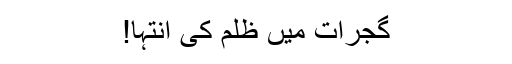
گجرات میں ظلم کی انتہا!